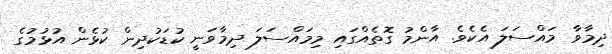
ދިމާވާ މައްސަލަ އެކެވެ. އާންމު ގޮތެއްގައި މިމައްސަލަ ދިމާވަނީ ކުޑަކުދިން ކުޅެން އުޅުމުގެ